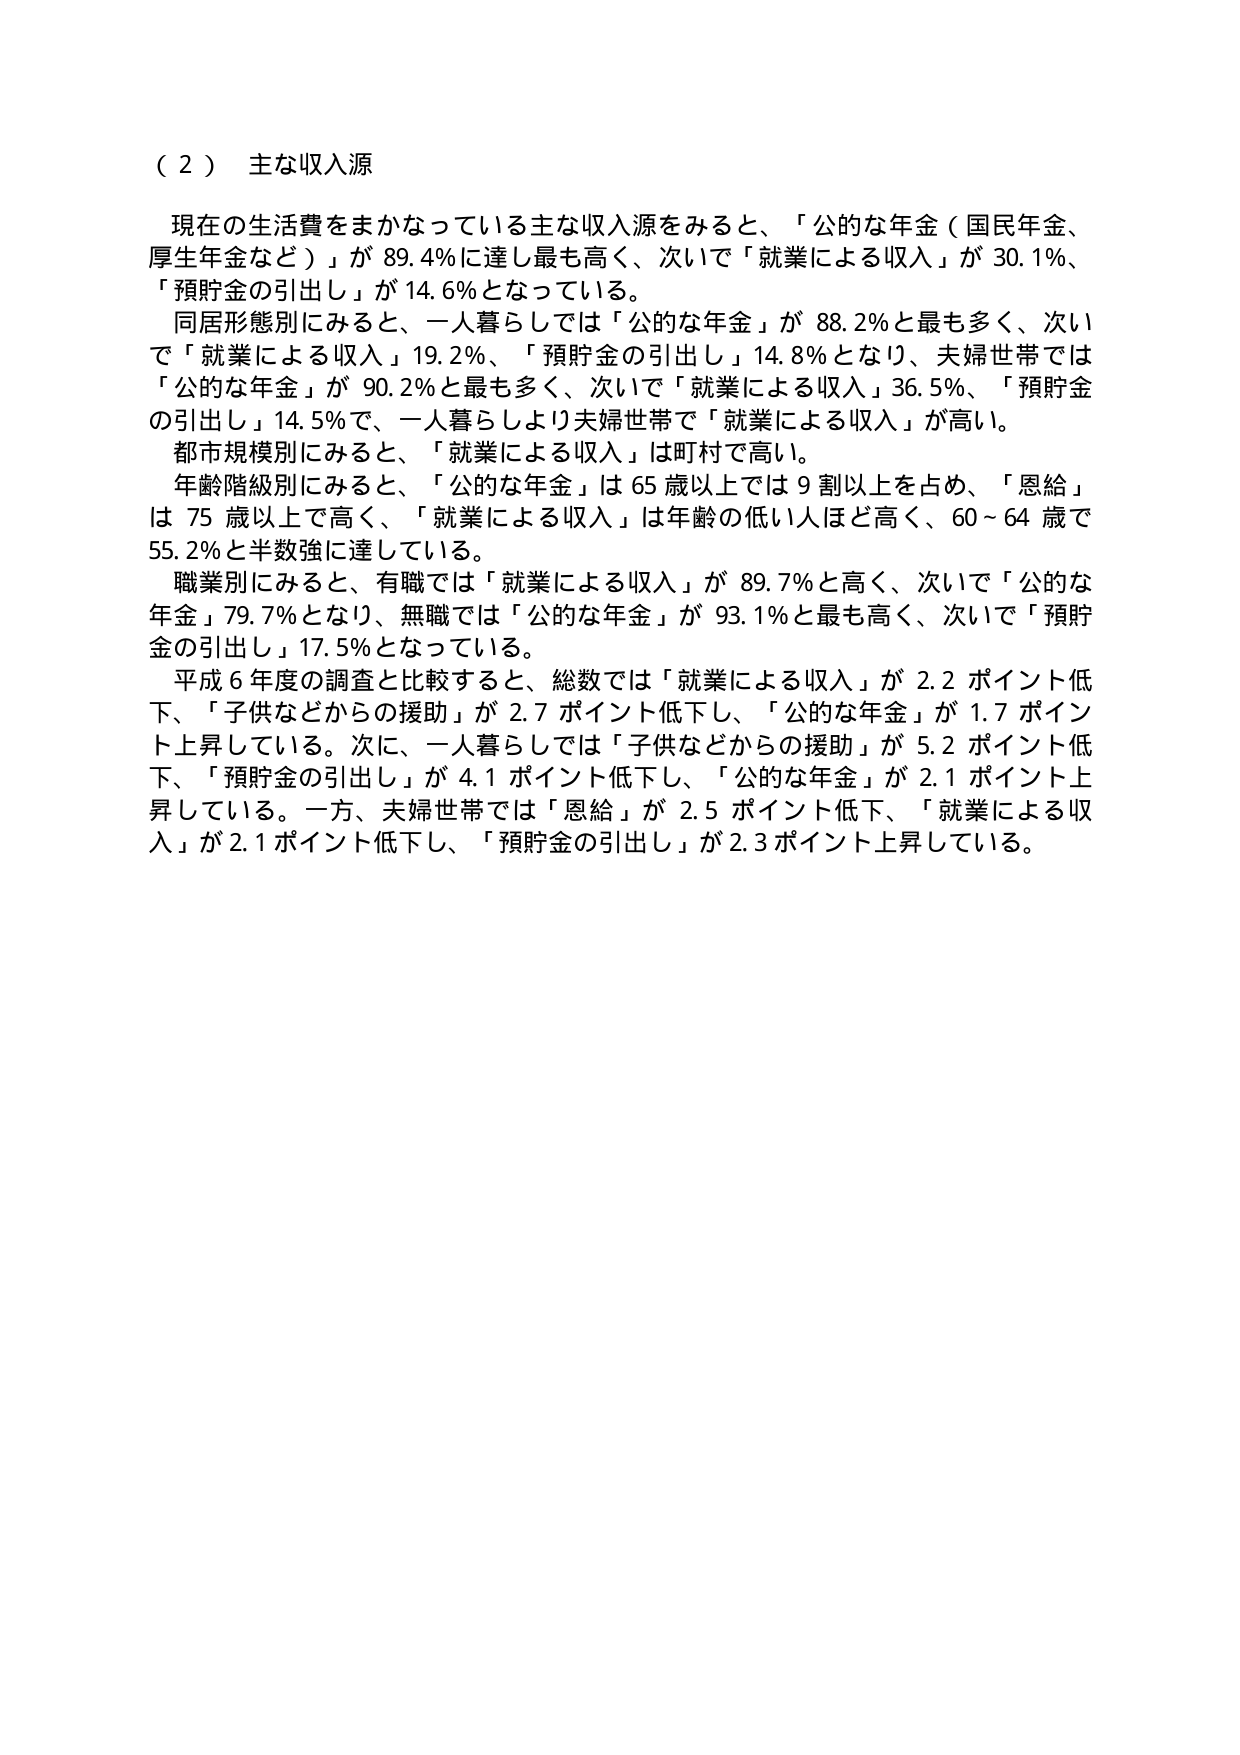
（２） 主な収入源

現在の生活費をまかなっている主な収入源をみると、「公的な年金（国民年金、厚生年金など）」が 89.4％に達し最も高く、次いで「就業による収入」が 30.1％、「預貯金の引出し」が 14.6％となっている。

同居形態別にみると、一人暮らしでは「公的な年金」が 88.2％と最も多く、次いで「就業による収入」19.2％、「預貯金の引出し」14.8％となり、夫婦世帯では「公的な年金」が 90.2％と最も多く、次いで「就業による収入」36.5％、「預貯金の引出し」14.5％で、一人暮らしより夫婦世帯で「就業による収入」が高い。

都市規模別にみると、「就業による収入」は町村で高い。

年齢階級別にみると、「公的な年金」は 65 歳以上では 9 割以上を占め、「恩給」は 75 歳以上で高く、「就業による収入」は年齢の低い人ほど高く、60～64 歳で 55.2％と半数強に達している。

職業別にみると、有職では「就業による収入」が 89.7％と高く、次いで「公的な年金」79.7％となり、無職では「公的な年金」が 93.1％と最も高く、次いで「預貯金の引出し」17.5％となっている。

平成６年度の調査と比較すると、総数では「就業による収入」が 2.2 ポイント低下、「子供などからの援助」が 2.7 ポイント低下し、「公的な年金」が 1.7 ポイント上昇している。次に、一人暮らしでは「子供などからの援助」が 5.2 ポイント低下、「預貯金の引出し」が 4.1 ポイント低下し、「公的な年金」が 2.1 ポイント上昇している。一方、夫婦世帯では「恩給」が 2.5 ポイント低下、「就業による収入」が 2.1 ポイント低下し、「預貯金の引出し」が 2.3 ポイント上昇している。